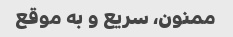
ممنون، سریع و به موقع